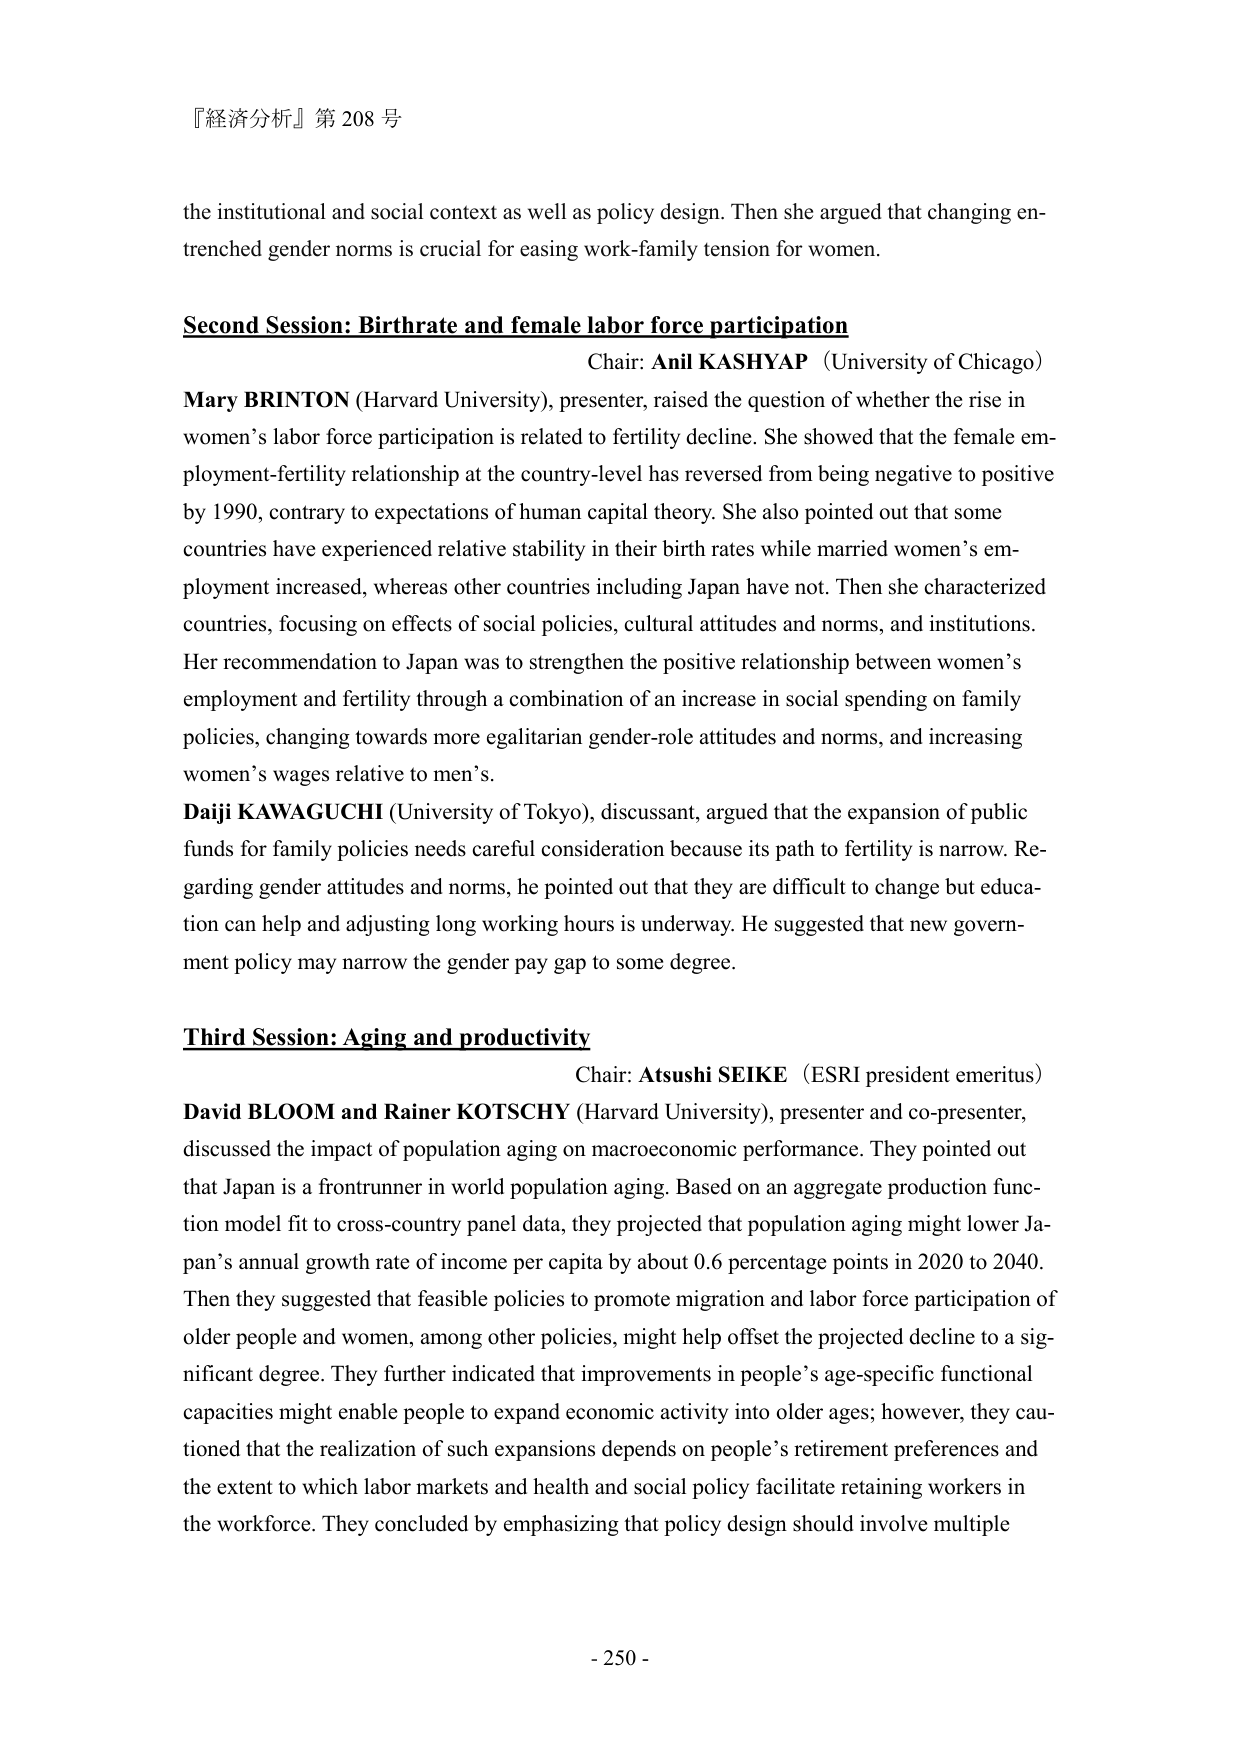
『経済分析』第 208 号

the institutional and social context as well as policy design. Then she argued that changing entrenched gender norms is crucial for easing work-family tension for women.

Second Session: Birthrate and female labor force participation
Chair: Anil KASHYAP (University of Chicago)
Mary BRINTON (Harvard University), presenter, raised the question of whether the rise in women’s labor force participation is related to fertility decline. She showed that the female employment-fertility relationship at the country-level has reversed from being negative to positive by 1990, contrary to expectations of human capital theory. She also pointed out that some countries have experienced relative stability in their birth rates while married women’s employment increased, whereas other countries including Japan have not. Then she characterized countries, focusing on effects of social policies, cultural attitudes and norms, and institutions. Her recommendation to Japan was to strengthen the positive relationship between women’s employment and fertility through a combination of an increase in social spending on family policies, changing towards more egalitarian gender-role attitudes and norms, and increasing women’s wages relative to men’s.
Daiji KAWAGUCHI (University of Tokyo), discussant, argued that the expansion of public funds for family policies needs careful consideration because its path to fertility is narrow. Regarding gender attitudes and norms, he pointed out that they are difficult to change but education can help and adjusting long working hours is underway. He suggested that new government policy may narrow the gender pay gap to some degree.

Third Session: Aging and productivity
Chair: Atsushi SEIKE (ESRI president emeritus)
David BLOOM and Rainer KOTSCHY (Harvard University), presenter and co-presenter, discussed the impact of population aging on macroeconomic performance. They pointed out that Japan is a frontrunner in world population aging. Based on an aggregate production function model fit to cross-country panel data, they projected that population aging might lower Japan’s annual growth rate of income per capita by about 0.6 percentage points in 2020 to 2040. Then they suggested that feasible policies to promote migration and labor force participation of older people and women, among other policies, might help offset the projected decline to a significant degree. They further indicated that improvements in people’s age-specific functional capacities might enable people to expand economic activity into older ages; however, they cautioned that the realization of such expansions depends on people’s retirement preferences and the extent to which labor markets and health and social policy facilitate retaining workers in the workforce. They concluded by emphasizing that policy design should involve multiple

- 250 -